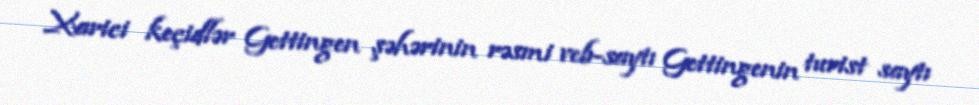
Xarici keçidlər Gettingen şəhərinin rəsmi veb-saytı Gettingenin turist saytı